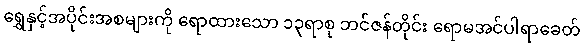
ရွှေနှင့်အပိုင်းအစများကို ရောထားသော ၁၃ရာစု ဘင်ဇန်တိုင်း ရောမအင်ပါရာခေတ်